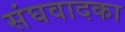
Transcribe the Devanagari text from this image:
संघवादका